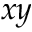
x y